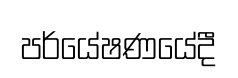
පර්යේෂණයේදී